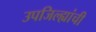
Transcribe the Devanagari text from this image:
उपजिल्ह्यांची